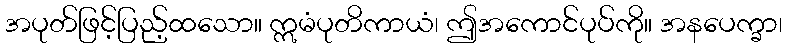
အပုတ်ဖြင့်ပြည့်ထသော။ ဣမံပုတိကာယံ၊ ဤအကောင်ပုပ်ကို။ အနပေက္ခာ၊